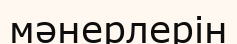
мәнерлерін